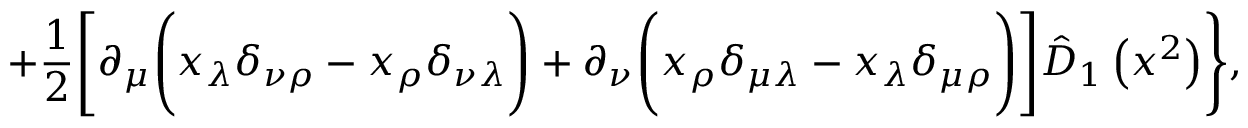
+ \frac 1 2 \Biggl [ \partial _ { \mu } \Biggl ( x _ { \lambda } \delta _ { \nu \rho } - x _ { \rho } \delta _ { \nu \lambda } \Biggr ) + \partial _ { \nu } \Biggl ( x _ { \rho } \delta _ { \mu \lambda } - x _ { \lambda } \delta _ { \mu \rho } \Biggr ) \Biggr ] \hat { D } _ { 1 } \left( x ^ { 2 } \right) \Biggr \} ,